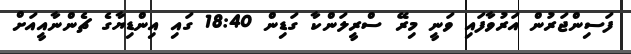
ފަސިންޖަރުން އަރުވާފައި ވަނީ މިރޭ ސްރީލަންކާ ގަޑިން 18:40 ގައި އިންޑިޔާގެ ޗެންނާއީއަށް